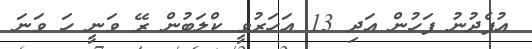
އުފެދުނު ފަހުން އަދި 13 އަހަރުވީ ކްލަބުން ރޭ ވަނީ ހަ ވަނަ